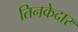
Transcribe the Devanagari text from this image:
तिनकेदार